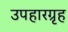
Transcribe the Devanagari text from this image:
उपहारग्रृह